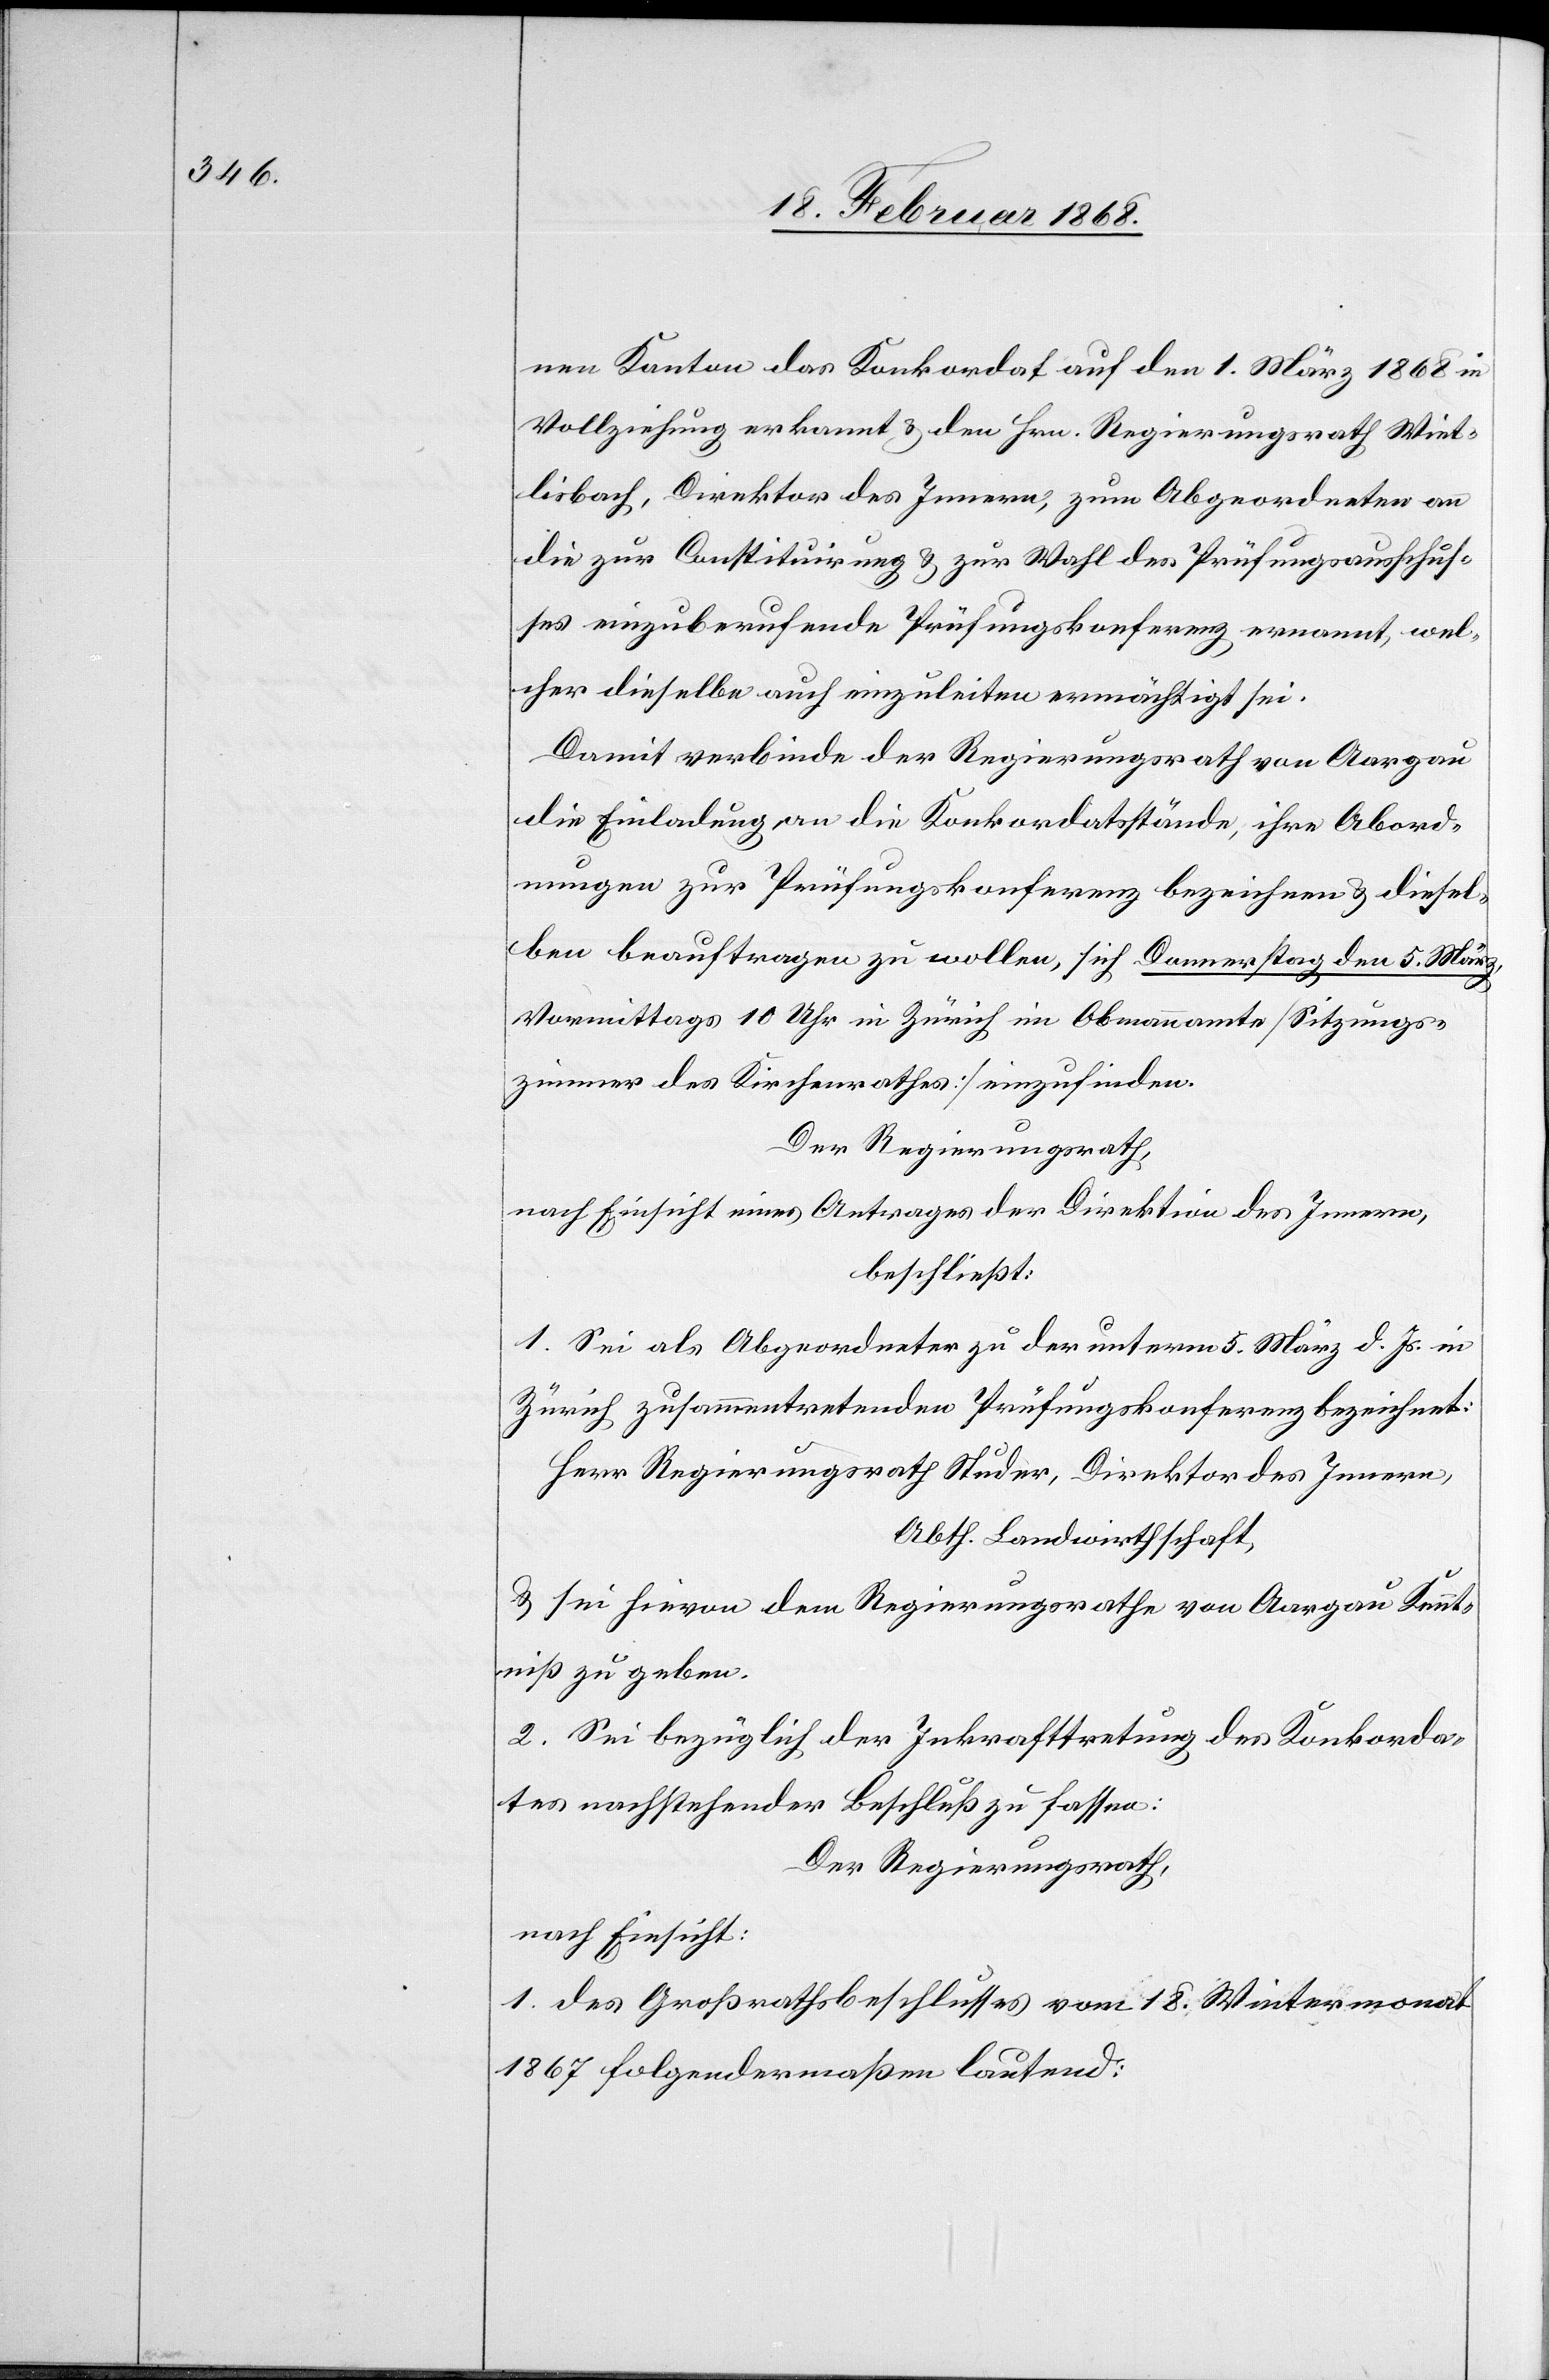
nen Kanton das Konkordat auf den 1. März 1868 in
Vollziehung erkannt & den Hrn. Regierungsrath Wiet¬
lisbach, Direktor des Innern, zum Abgeordneten an
die zur Constituirung & zur Wahl des Prüfungsausschus¬
ses einzuberufende Prüfungskonferenz ernannt, wel¬
cher dieselbe auch einzuleiten ermächtigt sei.
Damit verbinde der Regierungsrath von Aargau
die Einladung an die Konkordatsstände, ihre Abord¬
nungen zur Prüfungskonferenz bezeichnen & diesel¬
ben beauftragen zu wollen, sich Donnerstag den 5. März,
Vormittags 10 Uhr in Zürich im Obmannamte [Sitzungs¬
zimmer des Kirchenrathes] einzufinden.
Der Regierungsrath,
nach Einsicht eines Antrages der Direktion des Innern,
beschließt:
1. Sei als Abgeordneter zu der unterm 5. März d. Js. in
Zürich zusammentretenden Prüfungskonferenz bezeichnet:
Herr Regierungsrath Studer, Direktor des Innern,
Abth. Landwirthschaft,
& sei hievon dem Regierungsrathe von Aargau Kennt¬
niß zu geben.
2. Sei bezüglich der Inkrafttretung des Konkorda¬
tes nachstehender Beschluß zu fassen:
Der Regierungsrath,
nach Einsicht:
1. des Großrathsbeschlusses vom 18. Wintermonat
1867 folgendermaßen lautend: